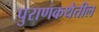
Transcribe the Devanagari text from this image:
पुराणकथेतील